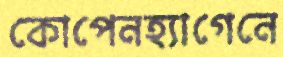
কোপেনহ্যাগেনে